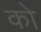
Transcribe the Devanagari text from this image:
को